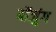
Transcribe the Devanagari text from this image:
बोंजुंग